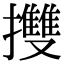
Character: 㩳